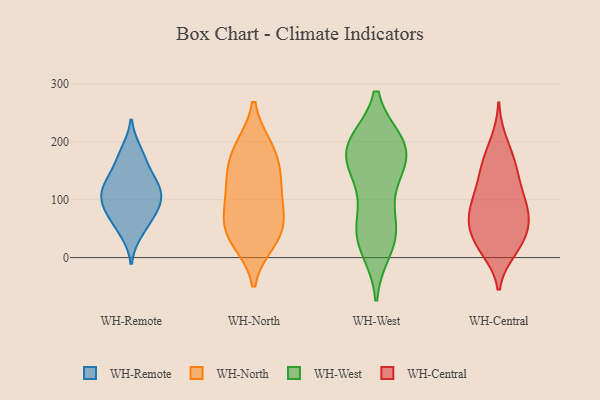
{"axis": {"x": "Page Views", "y": "Value"}, "legend": ["WH-Central", "WH-North", "WH-Remote", "WH-West"], "data": [{"x": "", "y": 128, "type": "WH-Remote"}, {"x": "", "y": 184, "type": "WH-Remote"}, {"x": "", "y": 113, "type": "WH-Remote"}, {"x": "", "y": 163, "type": "WH-Remote"}, {"x": "", "y": 131, "type": "WH-Remote"}, {"x": "", "y": 76, "type": "WH-Remote"}, {"x": "", "y": 44, "type": "WH-Remote"}, {"x": "", "y": 71, "type": "WH-Remote"}, {"x": "", "y": 104, "type": "WH-Remote"}, {"x": "", "y": 97, "type": "WH-Remote"}, {"x": "", "y": 58, "type": "WH-North"}, {"x": "", "y": 52, "type": "WH-North"}, {"x": "", "y": 40, "type": "WH-North"}, {"x": "", "y": 188, "type": "WH-North"}, {"x": "", "y": 30, "type": "WH-North"}, {"x": "", "y": 100, "type": "WH-North"}, {"x": "", "y": 154, "type": "WH-North"}, {"x": "", "y": 139, "type": "WH-North"}, {"x": "", "y": 107, "type": "WH-North"}, {"x": "", "y": 189, "type": "WH-North"}, {"x": "", "y": 198, "type": "WH-West"}, {"x": "", "y": 15, "type": "WH-West"}, {"x": "", "y": 192, "type": "WH-West"}, {"x": "", "y": 191, "type": "WH-West"}, {"x": "", "y": 149, "type": "WH-West"}, {"x": "", "y": 58, "type": "WH-West"}, {"x": "", "y": 153, "type": "WH-West"}, {"x": "", "y": 197, "type": "WH-West"}, {"x": "", "y": 173, "type": "WH-West"}, {"x": "", "y": 118, "type": "WH-West"}, {"x": "", "y": 196, "type": "WH-West"}, {"x": "", "y": 47, "type": "WH-West"}, {"x": "", "y": 29, "type": "WH-West"}, {"x": "", "y": 47, "type": "WH-West"}, {"x": "", "y": 126, "type": "WH-Central"}, {"x": "", "y": 23, "type": "WH-Central"}, {"x": "", "y": 56, "type": "WH-Central"}, {"x": "", "y": 166, "type": "WH-Central"}, {"x": "", "y": 24, "type": "WH-Central"}, {"x": "", "y": 164, "type": "WH-Central"}, {"x": "", "y": 64, "type": "WH-Central"}, {"x": "", "y": 61, "type": "WH-Central"}, {"x": "", "y": 93, "type": "WH-Central"}, {"x": "", "y": 22, "type": "WH-Central"}, {"x": "", "y": 150, "type": "WH-Central"}, {"x": "", "y": 110, "type": "WH-Central"}, {"x": "", "y": 200, "type": "WH-Central"}, {"x": "", "y": 70, "type": "WH-Central"}, {"x": "", "y": 73, "type": "WH-Central"}, {"x": "", "y": 104, "type": "WH-Central"}, {"x": "", "y": 13, "type": "WH-Central"}]}